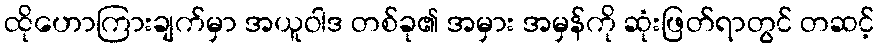
ထိုဟောကြားချက်မှာ အယူဝါဒ တစ်ခု၏ အမှား အမှန်ကို ဆုံးဖြတ်ရာတွင် တဆင့်